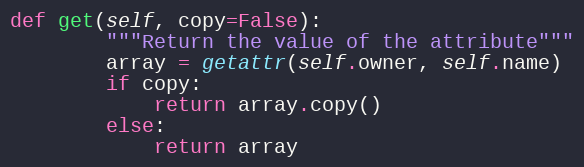
Language: Python
def get(self, copy=False):
        """Return the value of the attribute"""
        array = getattr(self.owner, self.name)
        if copy:
            return array.copy()
        else:
            return array